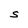
Character: s